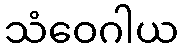
သံဝေဂါယ